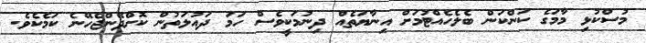
މުސްކުޅި މާމަގެ ކަންކަން ބެލެހެއްޓުމަށް އިނާޔަތެއް ދިނުމަކީވެސް ހަމަ ދައުލަތުން ކޮށްދޭންޖެހޭނެ ކަމެކެވެ.